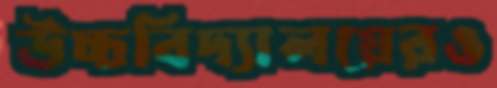
উচ্চবিদ্যালয়েরও